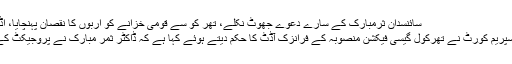
سائنسدان ثرمبارک کے سارے دعوے جھوٹ نکلے، تھر کو سے قومی خزانے کو اربوں کا نقصان پہنچایا، آڈٹ کا حکم - ٹائمز آف چترال
اسلام آباد (مانیڑنگ ڈیسک) سپریم کورٹ نے تھرکول گیسی فیکشن منصوبہ کے فرانزک آڈٹ کا حکم دیتے ہوئے کہا ہے کہ ڈاکٹر ثمر مبارک نے پروجیکٹ کے حوالے سے غلط بیانی کی۔